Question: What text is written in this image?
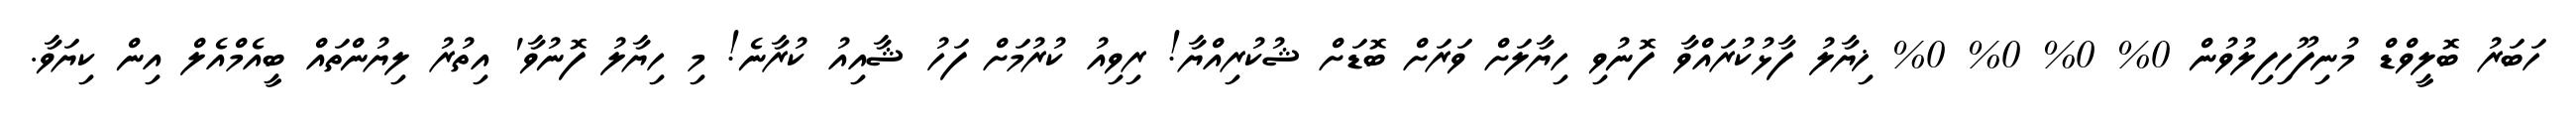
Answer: ހަބަރު ބޮލީވްޑް މުނިފޫހިފިލުވުން 0% 0% 0% 0% ޚިޔާލު ފާޅުކުރައްވާ ފޮނުވި ހިޔާލަށް ވަރަށް ބޮޑަށް ޝުކުރިއްޔާ! ރިވިއު ކުރުމަށް ފަހު ޝާއިއު ކުރާނެ! މި ހިޔާލު ފޮނުވާ' އިތުރު ލިޔުންތައް ބީއެމްއެލް އިން ކިޔަވާ.